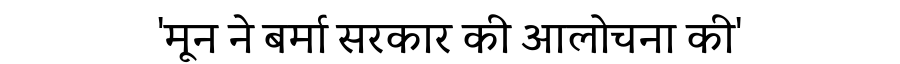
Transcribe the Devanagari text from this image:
'मून ने बर्मा सरकार की आलोचना की'